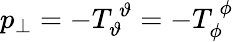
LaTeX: p_{\perp}=-T_{\vartheta}^{~\vartheta}=-T_{\phi}^{~\phi}